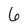
Character: 6